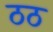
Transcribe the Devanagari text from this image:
ठठ